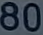
80